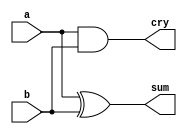
/*
 * Generated by Digital. Don't modify this file!
 * Any changes will be lost if this file is regenerated.
 */

module half_adder (
  input a,
  input b,
  output sum,
  output cry
);
  assign cry = (a & b);
  assign sum = (a ^ b);
endmodule

module incrementer (
  input [3:0] a,
  input inc,
  output [3:0] y,
  output cry
);
  wire s0;
  wire s1;
  wire s2;
  wire s3;
  wire s4;
  wire s5;
  wire s6;
  wire s7;
  wire s8;
  wire s9;
  wire s10;
  assign s0 = a[3];
  assign s3 = a[2];
  assign s6 = a[1];
  assign s9 = a[0];
  half_adder half_adder_i0 (
    .a( s9 ),
    .b( inc ),
    .sum( s10 ),
    .cry( s7 )
  );
  half_adder half_adder_i1 (
    .a( s6 ),
    .b( s7 ),
    .sum( s8 ),
    .cry( s4 )
  );
  half_adder half_adder_i2 (
    .a( s3 ),
    .b( s4 ),
    .sum( s5 ),
    .cry( s1 )
  );
  half_adder half_adder_i3 (
    .a( s0 ),
    .b( s1 ),
    .sum( s2 ),
    .cry( cry )
  );
  assign y[3] = s2;
  assign y[2] = s5;
  assign y[1] = s8;
  assign y[0] = s10;
endmodule

module not_neg (
  input [3:0] a,
  input invert,
  input neg,
  output [3:0] y,
  output cry
);
  wire s0;
  wire [3:0] s1;
  assign s0 = (invert & neg);
  assign s1[3] = (invert ^ a[3]);
  assign s1[2] = (invert ^ a[2]);
  assign s1[1] = (invert ^ a[1]);
  assign s1[0] = (invert ^ a[0]);
  incrementer incrementer_i0 (
    .a( s1 ),
    .inc( s0 ),
    .y( y ),
    .cry( cry )
  );
endmodule

module full_adder (
  input a,
  input b,
  input cin,
  output sum,
  output cout
);
  assign sum = (a ^ b ^ cin);
  assign cout = ((cin & a) | (cin & b) | (a & b));
endmodule

module four_bit_adder (
  input [3:0] a,
  input [3:0] b,
  input cin,
  output [3:0] y,
  output cout,
  output overfl
);
  wire s0;
  wire s1;
  wire s2;
  wire s3;
  wire cout_temp;
  wire s4;
  wire s5;
  wire s6;
  wire s7;
  wire s8;
  wire s9;
  wire s10;
  wire s11;
  wire s12;
  wire s13;
  wire s14;
  assign s0 = a[3];
  assign s4 = a[2];
  assign s8 = a[1];
  assign s12 = a[0];
  assign s1 = b[3];
  assign s5 = b[2];
  assign s9 = b[1];
  assign s13 = b[0];
  full_adder full_adder_i0 (
    .a( s12 ),
    .b( s13 ),
    .cin( cin ),
    .sum( s14 ),
    .cout( s10 )
  );
  full_adder full_adder_i1 (
    .a( s8 ),
    .b( s9 ),
    .cin( s10 ),
    .sum( s11 ),
    .cout( s6 )
  );
  full_adder full_adder_i2 (
    .a( s4 ),
    .b( s5 ),
    .cin( s6 ),
    .sum( s7 ),
    .cout( s2 )
  );
  full_adder full_adder_i3 (
    .a( s0 ),
    .b( s1 ),
    .cin( s2 ),
    .sum( s3 ),
    .cout( cout_temp )
  );
  assign y[3] = s3;
  assign y[2] = s7;
  assign y[1] = s11;
  assign y[0] = s14;
  assign overfl = (cout_temp ^ s2);
  assign cout = cout_temp;
endmodule

module two_bit_mux (
  input b,
  input s,
  input a,
  output y
);
  assign y = ((a & ~ s) | (b & s));
endmodule

module four_bit_mux (
  input [3:0] a,
  input [3:0] b,
  input sel,
  output [3:0] y
);
  wire s0;
  wire s1;
  wire s2;
  wire s3;
  wire s4;
  wire s5;
  wire s6;
  wire s7;
  wire s8;
  wire s9;
  wire s10;
  wire s11;
  assign s1 = a[3];
  assign s4 = a[2];
  assign s7 = a[1];
  assign s10 = a[0];
  assign s0 = b[3];
  assign s3 = b[2];
  assign s6 = b[1];
  assign s9 = b[0];
  two_bit_mux two_bit_mux_i0 (
    .b( s0 ),
    .s( sel ),
    .a( s1 ),
    .y( s2 )
  );
  two_bit_mux two_bit_mux_i1 (
    .b( s3 ),
    .s( sel ),
    .a( s4 ),
    .y( s5 )
  );
  two_bit_mux two_bit_mux_i2 (
    .b( s6 ),
    .s( sel ),
    .a( s7 ),
    .y( s8 )
  );
  two_bit_mux two_bit_mux_i3 (
    .b( s9 ),
    .s( sel ),
    .a( s10 ),
    .y( s11 )
  );
  assign y[3] = s2;
  assign y[2] = s5;
  assign y[1] = s8;
  assign y[0] = s11;
endmodule

module and_add (
  input [3:0] a,
  input [3:0] b,
  input add,
  input cin,
  input pass,
  output [3:0] y,
  output cout,
  output overfl
);
  wire [3:0] s0;
  wire [3:0] s1;
  wire [3:0] s2;
  four_bit_adder four_bit_adder_i0 (
    .a( a ),
    .b( b ),
    .cin( cin ),
    .y( s0 ),
    .cout( cout ),
    .overfl( overfl )
  );
  assign s1[3] = (a[3] & b[3]);
  assign s1[2] = (a[2] & b[2]);
  assign s1[1] = (a[1] & b[1]);
  assign s1[0] = (a[0] & b[0]);
  four_bit_mux four_bit_mux_i1 (
    .a( s1 ),
    .b( s0 ),
    .sel( add ),
    .y( s2 )
  );
  four_bit_mux four_bit_mux_i2 (
    .a( s2 ),
    .b( a ),
    .sel( pass ),
    .y( y )
  );
endmodule

module alu (
  input [3:0] a,
  input [3:0] b,
  input invert,
  input arith,
  input pass,
  input cin,
  output [3:0] y,
  output cout,
  output overfl
);
  wire [3:0] s0;
  not_neg not_neg_i0 (
    .a( a ),
    .invert( invert ),
    .neg( arith ),
    .y( s0 )
  );
  and_add and_add_i1 (
    .a( s0 ),
    .b( b ),
    .add( arith ),
    .cin( cin ),
    .pass( pass ),
    .y( y ),
    .cout( cout ),
    .overfl( overfl )
  );
endmodule

module DIG_D_FF_AS_1bit
#(
    parameter Default = 0
)
(
   input Set,
   input D,
   input C,
   input Clr,
   output Q,
   output \~Q
);
    reg state;

    assign Q = state;
    assign \~Q  = ~state;

    always @ (posedge C or posedge Clr or posedge Set)
    begin
        if (Set)
            state <= 1'b1;
        else if (Clr)
            state <= 'h0;
        else
            state <= D;
    end

    initial begin
        state = Default;
    end
endmodule

module four_bit_reg (
  input [3:0] d,
  input enable,
  input reset,
  input clk,
  output [3:0] q
);
  wire s0;
  wire s1;
  wire s2;
  wire s3;
  wire s4;
  wire s5;
  wire s6;
  wire s7;
  wire [3:0] q_temp;
  wire [3:0] s8;
  DIG_D_FF_AS_1bit #(
    .Default(0)
  )
  DIG_D_FF_AS_1bit_i0 (
    .Set( 1'b0 ),
    .D( s0 ),
    .C( clk ),
    .Clr( reset ),
    .Q( s1 )
  );
  DIG_D_FF_AS_1bit #(
    .Default(0)
  )
  DIG_D_FF_AS_1bit_i1 (
    .Set( 1'b0 ),
    .D( s2 ),
    .C( clk ),
    .Clr( reset ),
    .Q( s3 )
  );
  DIG_D_FF_AS_1bit #(
    .Default(0)
  )
  DIG_D_FF_AS_1bit_i2 (
    .Set( 1'b0 ),
    .D( s4 ),
    .C( clk ),
    .Clr( reset ),
    .Q( s5 )
  );
  DIG_D_FF_AS_1bit #(
    .Default(0)
  )
  DIG_D_FF_AS_1bit_i3 (
    .Set( 1'b0 ),
    .D( s6 ),
    .C( clk ),
    .Clr( reset ),
    .Q( s7 )
  );
  four_bit_mux four_bit_mux_i4 (
    .a( q_temp ),
    .b( d ),
    .sel( enable ),
    .y( s8 )
  );
  assign q_temp[3] = s5;
  assign q_temp[2] = s7;
  assign q_temp[1] = s3;
  assign q_temp[0] = s1;
  assign s4 = s8[3];
  assign s6 = s8[2];
  assign s2 = s8[1];
  assign s0 = s8[0];
  assign q = q_temp;
endmodule
module DIG_RAMDualPort
#(
    parameter Bits = 8,
    parameter AddrBits = 4
)
(
  input [(AddrBits-1):0] A,
  input [(Bits-1):0] Din,
  input str,
  input C,
  input ld,
  output [(Bits-1):0] D
);
  reg [(Bits-1):0] memory[0:((1 << AddrBits) - 1)];

  assign D = ld? memory[A] : 'hz;

  always @ (posedge C) begin
    if (str)
      memory[A] <= Din;
  end
initial
begin
	$readmemh("ram_vals.txt",memory);
end
endmodule


module program_ram  (
  input [3:0] addr,
  input [3:0] data_in,
  input clk,
  input write,
  output [3:0] data_out
);
  // program\_ram
  DIG_RAMDualPort #(
    .Bits(4),
    .AddrBits(4)
  )
  DIG_RAMDualPort_i0 (
    .A( addr ),
    .Din( data_in ),
    .str( write ),
    .C( clk ),
    .ld( 1'b1 ),
    .D( data_out )
  );
endmodule

module brainless (
  input [3:0] data_in,
  input [3:0] addr_bus,
  input load_acc,
  input read,
  input acc_to_db,
  input pass,
  input arith,
  input invert,
  input reset,
  input write,
  input clk,
  output [3:0] data_bus,
  output [3:0] alu_out,
  output [3:0] accum
);
  wire [3:0] data_bus_temp;
  wire [3:0] accum_temp;
  wire [3:0] alu_out_temp;
  wire [3:0] s0;
  wire [3:0] s1;
  alu alu_i0 (
    .a( data_bus_temp ),
    .b( accum_temp ),
    .invert( invert ),
    .arith( arith ),
    .pass( pass ),
    .cin( 1'b0 ),
    .y( alu_out_temp )
  );
  four_bit_reg four_bit_reg_i1 (
    .d( alu_out_temp ),
    .enable( load_acc ),
    .reset( reset ),
    .clk( clk ),
    .q( accum_temp )
  );
  four_bit_mux four_bit_mux_i2 (
    .a( data_in ),
    .b( s0 ),
    .sel( read ),
    .y( s1 )
  );
  four_bit_mux four_bit_mux_i3 (
    .a( s1 ),
    .b( accum_temp ),
    .sel( acc_to_db ),
    .y( data_bus_temp )
  );
  program_ram program_ram_i4 (
    .addr( addr_bus ),
    .data_in( data_bus_temp ),
    .clk( clk ),
    .write( write ),
    .data_out( s0 )
  );
  assign data_bus = data_bus_temp;
  assign alu_out = alu_out_temp;
  assign accum = accum_temp;
endmodule